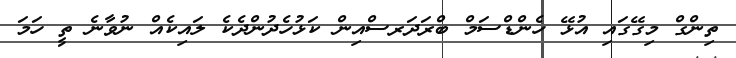
ތިންގް މިގޭގައި އުޅޭ ހެންޑްސަމް ބްރަދަރސްއިން ކަޅުހެދުންދެކެ ލައިކެއް ނުވާނެ ތީ ހަމަ